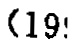
(19!